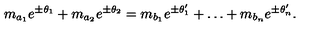
m _ { a _ { 1 } } e ^ { \pm \theta _ { 1 } } + m _ { a _ { 2 } } e ^ { \pm \theta _ { 2 } } = m _ { b _ { 1 } } e ^ { \pm \theta _ { 1 } ^ { \prime } } + \dots + m _ { b _ { n } } e ^ { \pm \theta _ { n } ^ { \prime } } .